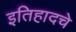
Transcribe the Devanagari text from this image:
इतिहादचे